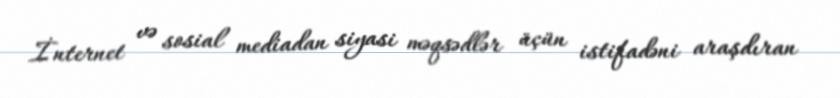
İnternet və sosial mediadan siyasi məqsədlər üçün istifadəni araşdıran